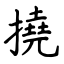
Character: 撓